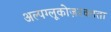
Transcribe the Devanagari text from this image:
अल्पग्लूकोज़रक्तता